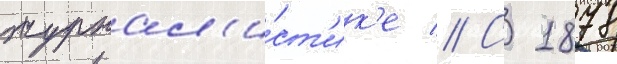
журнал'и́ст'ик'е // С 1878